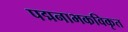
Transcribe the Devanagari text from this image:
पद्मनाभकविकृत